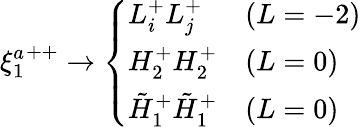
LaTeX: {\xi_{1}^{a}}^{++}\rightarrow\left\{ \begin{array}{ll}{{L_{i}^{+}L_{j}^{+}}}&{{(L=-2)}}\\ {{H_{2}^{+}H_{2}^{+}}}&{{(L=0)}}\\ {{\tilde{H}_{1}^{+}\tilde{H}_{1}^{+}}}&{{(L=0)}}\end{array}\right.